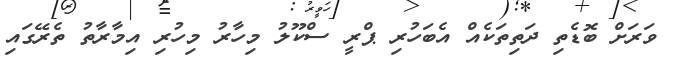
ވަރަށް ބޮޑެތި ދަތިތަކެއް އެބަހުރި ޕްރީ ސްކޫލު މިހާރު މިހުރި އިމާރާތު ތެރޭގައި